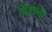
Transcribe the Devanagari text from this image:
त्रिकांची